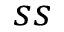
s s